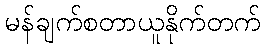
မန်ချက်စတာယူနိုက်တက်